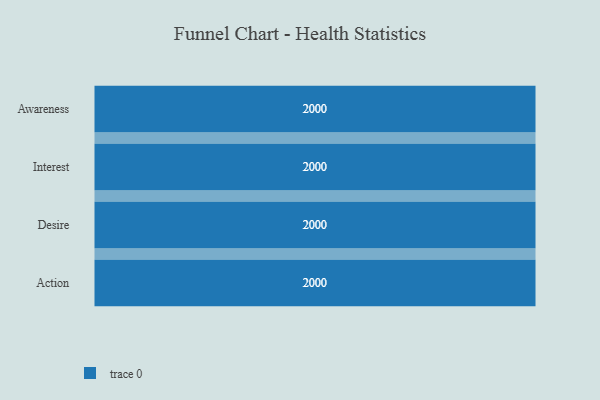
{"axis": {"x": "Stage", "y": "Value"}, "legend": [""], "data": [{"x": "Awareness", "y": 2000, "type": ""}, {"x": "Interest", "y": 2000, "type": ""}, {"x": "Desire", "y": 2000, "type": ""}, {"x": "Action", "y": 2000, "type": ""}]}